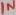
Text: IN